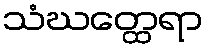
သံဃတ္ထေရာ